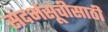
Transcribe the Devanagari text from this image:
संदर्भसूचीसाठी